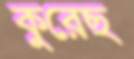
কুরেছ